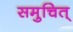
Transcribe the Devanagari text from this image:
समुचित्